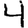
Digit: 4